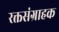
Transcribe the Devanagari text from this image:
रक्तसंग्राहक